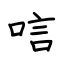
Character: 唁